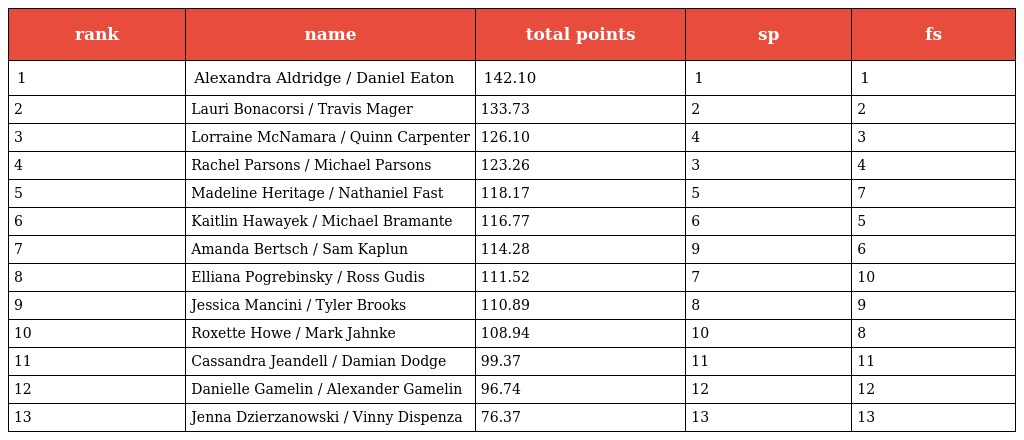
| rank | name | total points | sp | fs |
 | --- | --- | --- | --- | --- |
 | 1 | Alexandra Aldridge / Daniel Eaton | 142.10 | 1 | 1 |
 | 2 | Lauri Bonacorsi / Travis Mager | 133.73 | 2 | 2 |
 | 3 | Lorraine McNamara / Quinn Carpenter | 126.10 | 4 | 3 |
 | 4 | Rachel Parsons / Michael Parsons | 123.26 | 3 | 4 |
 | 5 | Madeline Heritage / Nathaniel Fast | 118.17 | 5 | 7 |
 | 6 | Kaitlin Hawayek / Michael Bramante | 116.77 | 6 | 5 |
 | 7 | Amanda Bertsch / Sam Kaplun | 114.28 | 9 | 6 |
 | 8 | Elliana Pogrebinsky / Ross Gudis | 111.52 | 7 | 10 |
 | 9 | Jessica Mancini / Tyler Brooks | 110.89 | 8 | 9 |
 | 10 | Roxette Howe / Mark Jahnke | 108.94 | 10 | 8 |
 | 11 | Cassandra Jeandell / Damian Dodge | 99.37 | 11 | 11 |
 | 12 | Danielle Gamelin / Alexander Gamelin | 96.74 | 12 | 12 |
 | 13 | Jenna Dzierzanowski / Vinny Dispenza | 76.37 | 13 | 13 |